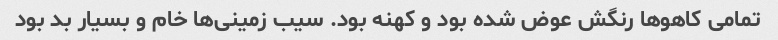
تمامی کاهوها رنگش عوض شده بود و کهنه بود. سیب زمینی‌ها خام و بسیار بد بود